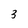
Character: 3